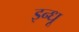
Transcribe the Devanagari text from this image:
इन्धू